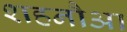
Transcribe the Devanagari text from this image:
शहनौआ